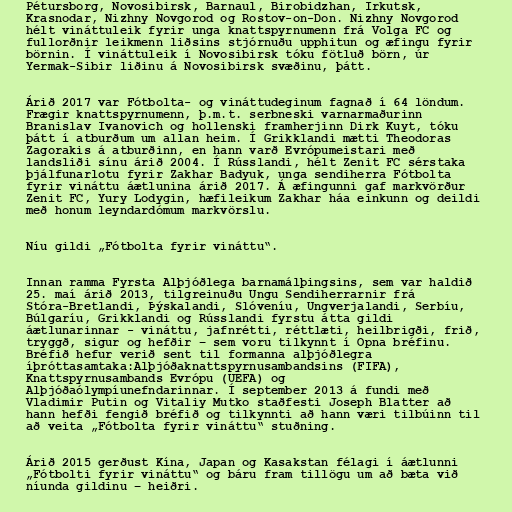
Pétursborg, Novosibirsk, Barnaul, Birobidzhan, Irkutsk,
Krasnodar, Nizhny Novgorod og Rostov-on-Don. Nizhny Novgorod
hélt vináttuleik fyrir unga knattspyrnumenn frá Volga FC og
fullorðnir leikmenn liðsins stjórnuðu upphitun og æfingu fyrir
börnin. Í vináttuleik í Novosibirsk tóku fötluð börn, úr
Yermak-Sibir liðinu á Novosibirsk svæðinu, þátt.

Árið 2017 var Fótbolta- og vináttudeginum fagnað í 64 löndum.
Frægir knattspyrnumenn, þ.m.t. serbneski varnarmaðurinn
Branislav Ivanovich og hollenski framherjinn Dirk Kuyt, tóku
þátt í atburðum um allan heim. Í Grikklandi mætti Theodoras
Zagorakis á atburðinn, en hann varð Evrópumeistari með
landsliði sínu árið 2004. Í Rússlandi, hélt Zenit FC sérstaka
þjálfunarlotu fyrir Zakhar Badyuk, unga sendiherra Fótbolta
fyrir vináttu áætlunina árið 2017. Á æfingunni gaf markvörður
Zenit FC, Yury Lodygin, hæfileikum Zakhar háa einkunn og deildi
með honum leyndardómum markvörslu.

Níu gildi „Fótbolta fyrir vináttu“.

Innan ramma Fyrsta Alþjóðlega barnamálþingsins, sem var haldið
25. maí árið 2013, tilgreinuðu Ungu Sendiherrarnir frá
Stóra-Bretlandi, Þýskalandi, Slóveníu, Ungverjalandi, Serbíu,
Búlgaríu, Grikklandi og Rússlandi fyrstu átta gildi
áætlunarinnar - vináttu, jafnrétti, réttlæti, heilbrigði, frið,
tryggð, sigur og hefðir – sem voru tilkynnt í Opna bréfinu.
Bréfið hefur verið sent til formanna alþjóðlegra
íþróttasamtaka:Alþjóðaknattspyrnusambandsins (FIFA),
Knattspyrnusambands Evrópu (UEFA) og
Alþjóðaólympíunefndarinnar. Í september 2013 á fundi með
Vladimir Putin og Vitaliy Mutko staðfesti Joseph Blatter að
hann hefði fengið bréfið og tilkynnti að hann væri tilbúinn til
að veita „Fótbolta fyrir vináttu“ stuðning.

Árið 2015 gerðust Kína, Japan og Kasakstan félagi í áætlunni
„Fótbolti fyrir vináttu“ og báru fram tillögu um að bæta við
níunda gildinu – heiðri.